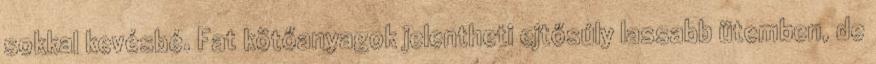
sokkal kevésbé. Fat kötőanyagok jelentheti ejtősúly lassabb ütemben, de